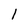
Character: l